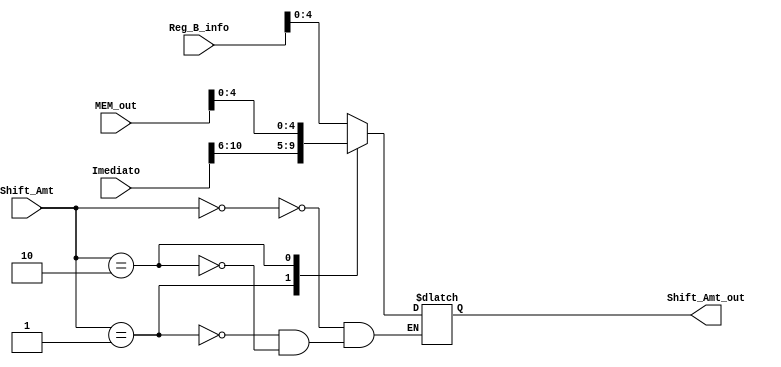
module mux_Shift_Amt (
    input wire [1:0] Shift_Amt,
    input wire [31:0] Reg_B_info,
    input wire [15:0] Imediato,
    input wire [31:0] MEM_out,
    output reg [4:0] Shift_Amt_out
);
always @(*) begin
        case (Shift_Amt)
            2'b00:
                Shift_Amt_out <= Reg_B_info[4:0];
            2'b01:
                Shift_Amt_out <= Imediato[10:6];
            2'b10:
                Shift_Amt_out <= MEM_out[4:0];
        endcase
end    
endmodule